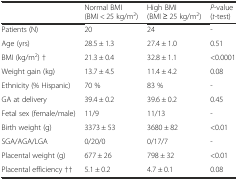
<table><thead><tr><td></td><td><b>Normal BMI (BMI &lt; 25 kg/m<sup>2</sup>)</b></td><td><b>High BMI (BMI ≥ 25 kg/m<sup>2</sup>)</b></td><td><b><i>P</i>-value (<i>t</i>-test)</b></td></tr></thead><tbody><tr><td>Patients (N)</td><td>20</td><td>24</td><td>-</td></tr><tr><td>Age (yrs)</td><td>28.5 ± 1.3</td><td>27.4 ± 1.0</td><td>0.51</td></tr><tr><td>BMI (kg/m<sup>2</sup>) †</td><td>21.3 ± 0.4</td><td>32.8 ± 1.1</td><td>&lt;0.0001</td></tr><tr><td>Weight gain (kg)</td><td>13.7 ± 4.5</td><td>11.4 ± 4.2</td><td>0.08</td></tr><tr><td>Ethnicity (% Hispanic)</td><td>70 %</td><td>83 %</td><td>-</td></tr><tr><td>GA at delivery</td><td>39.4 ± 0.2</td><td>39.6 ± 0.2</td><td>0.45</td></tr><tr><td>Fetal sex (female/male)</td><td>11/9</td><td>11/13</td><td>-</td></tr><tr><td>Birth weight (g)</td><td>3373 ± 53</td><td>3680 ± 82</td><td>&lt;0.01</td></tr><tr><td>SGA/AGA/LGA</td><td>0/20/0</td><td>0/17/7</td><td>-</td></tr><tr><td>Placental weight (g)</td><td>677 ± 26</td><td>798 ± 32</td><td>&lt;0.01</td></tr><tr><td>Placental efficiency ††</td><td>5.1 ± 0.2</td><td>4.7 ± 0.1</td><td>0.08</td></tr></tbody></table>